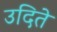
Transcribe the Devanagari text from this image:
उदिते